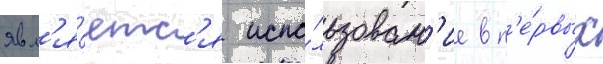
явл'я́етс'я испо́льзован'ие в п'е́рвых